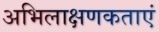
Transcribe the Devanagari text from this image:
अभिलाक्षणकताएं